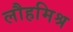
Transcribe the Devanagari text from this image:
लौहमिश्र